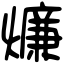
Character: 燫